Report on lock hospitals in British Burma
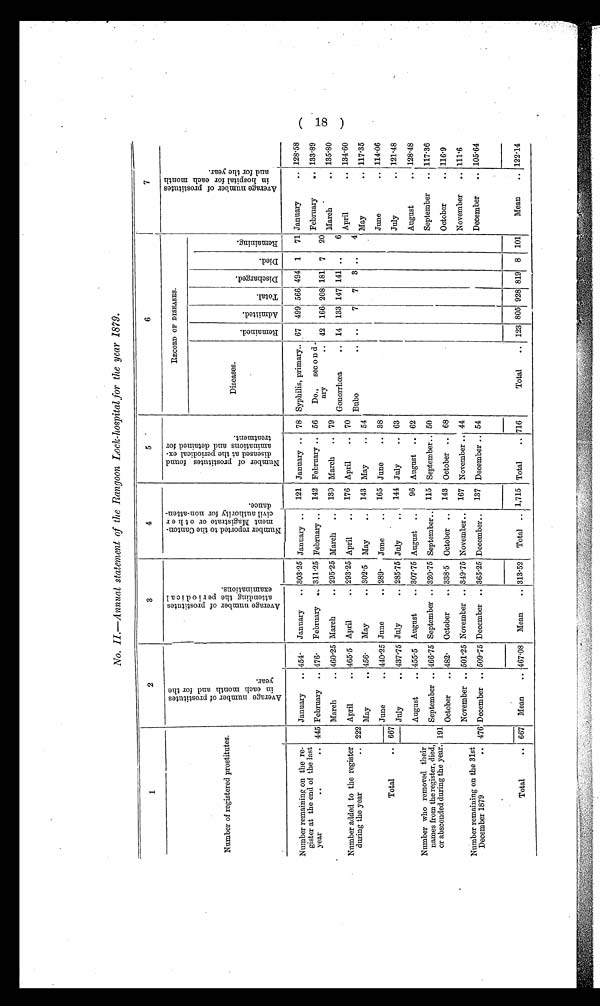
No. II-Annual statement of the Rangoon Lock-hospital for the year 1879.
1
2
3
4
5
6
7
Number of registered prostitutes.
A v e r a g e n u m b e r o f p r o s t i t u t e s
i n e a c h m o n t h a n d f o r t h e
y e a r .
A v e r a g e n u m b e r o f p r o s t i t u t e s
a t t e n d i n g t h e p e r i o d i c a l
e x a m i n a t i o n s .
N u m b e r r e p o r t e d t o t h e C a n t o n -
m e n t M a g i s t r a t e o r o t h e r
c i v i l a u t h o r i t y f o r n o n - a t t e n -d
a n c e .
N u m b e r o f p r o s t i t u t e s f o u n d
d i s e a s e d a t t h e p e r i o d i c a l
RECORD OF DISEASES.
A v e r a g e n u m b e r o f p r o s t i t u t e s
i n h o s p i t a l f o r e a c h m o n t ha
n d f o r t h e y e a r .
Diseases.
Remai ned. Admi t t ed.
Total.
Di s c ha r ge d.
D i e d .
Remai ni ng.
Number remaining on the re-
gister at the end of the last
year
.. .. 445
January
.. 454.
January
.. 303.25 January ..
121 January .. 78 Syphilis, primary.. 67 499 566 494 1
71 January
.. 128.58
February
.. 476.
February
. . 311.25 February ..
142 February .. 56
Do.,
sec o n d -
ary
.. 42 166 208 181 7
20
February
.. 133.89
March
.. 460.25 March
.. 295.25 March
..
130 March
.. 79
Gonorrhœa
.. 14 133 147 141 ..
6
March
.. 135.80
Number added to the register
during the year
.. 222
April
.. 465.5 April
.. 293.25 April
..
176 April
.. 70
Bubo
..
..
7
7
3 ..
4
April
.. 134.60
May
.. 456.
May
.. 302.5 May
..
143 May
.. 54
May
.. 117.35
June
.. 440.25 June
. . 289.
June
..
165 June
.. 38
June
.. 114.06
Total
.. 667
July
.. 437.75 July
.. 28515 July
..
144 July
.. 63
July
.. 121.48
August
.. 455.5 August
.. 307.75 August
..
96 August .. 62
August
. . 128.48
Number who removed their
names from the register, died,
or absconded during the year. 191
September ..
October
..
466 . 75
482.
September ..
October
..
320.75
338.5
September..
October ..
115
143
September..
October ..
50
68
September
..
October
..
117.36
116.9
November .. 501.25 November .. 349.75 November..
167 November .. 44
November
.. 111.6
Number remaining on the 31st
December 1879
.. 476 December .. 509.75 Dece
mber .. 365.25 December..
137 December .. 54
December
.. 105.64
Total
.. 667
Mean
.. 467.08
Mean
.. 313.52
Total .. 1,715 Total
.. 716
Total
.. 123 805 928 819 8 101
Mean
.. 122.14
(18)